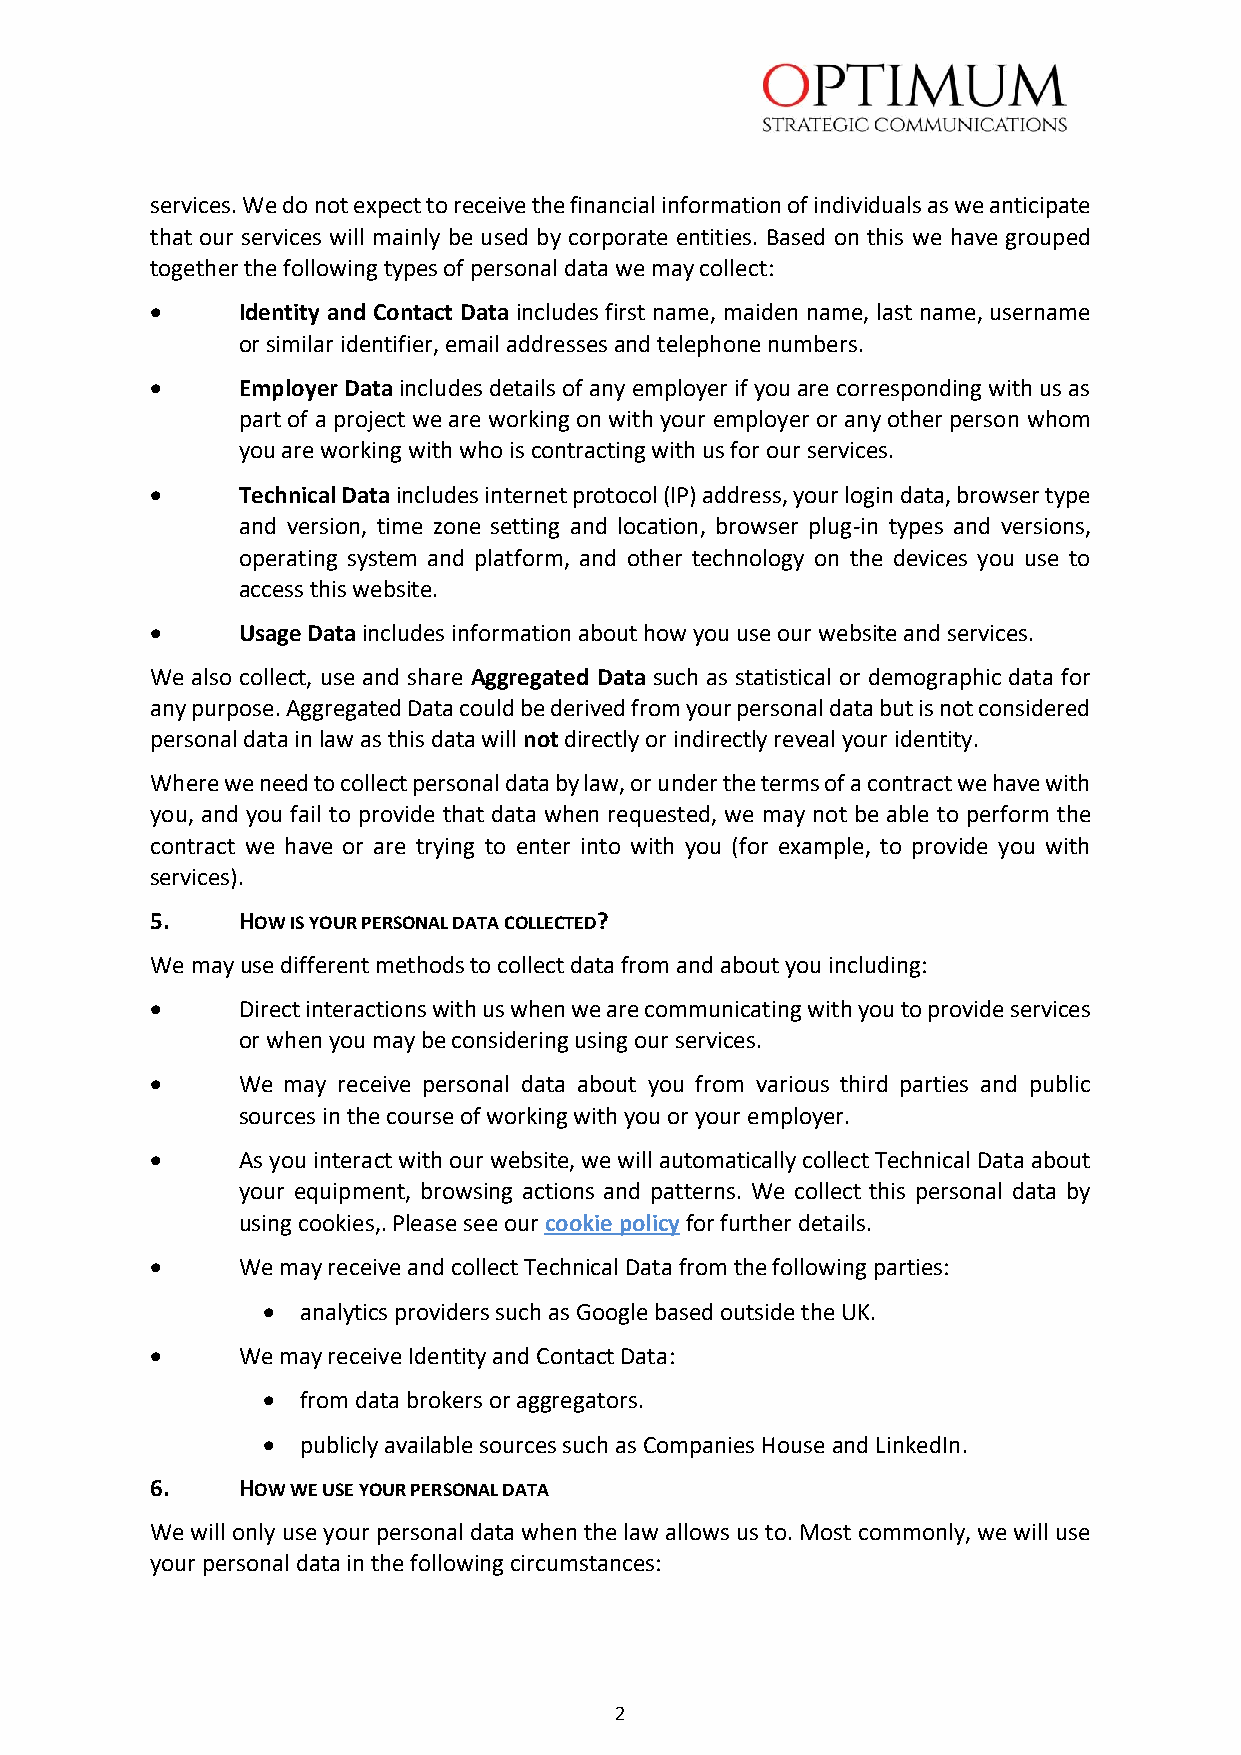
services. We do not expect to receive the financial information of individuals as we anticipate
 that our services will mainly be used by corporate entities. Based on this we have grouped
 together the following types of personal data we may collect:
 •     Identity and Contact Data includes first name, maiden name, last name, username
 or similar identifier, email addresses and telephone numbers.
 •     Employer Data includes details of any employer if you are corresponding with us as
 part of a project we are working on with your employer or any other person whom
 you are working with who is contracting with us for our services.
 •     Technical Data includes internet protocol (IP) address, your login data, browser type
 and version, time zone setting and location, browser plug-in types and versions,
 operating system and platform, and other technology on the devices you use to
 access this website.
 •     Usage Data includes information about how you use our website and services.
 We also collect, use and share Aggregated Data such as statistical or demographic data for
 any purpose. Aggregated Data could be derived from your personal data but is not considered
 personal data in law as this data will not directly or indirectly reveal your identity.
 Where we need to collect personal data by law, or under the terms of a contract we have with
 you, and you fail to provide that data when requested, we may not be able to perform the
 contract we have or are trying to enter into with you (for example, to provide you with
 services).
 5.    HOW IS YOUR PERSONAL DATA COLLECTED?
 We may use different methods to collect data from and about you including:
 •     Direct interactions with us when we are communicating with you to provide services
 or when you may be considering using our services.
 •     We may receive personal data about you from various third parties and public
 sources in the course of working with you or your employer.
 •     As you interact with our website, we will automatically collect Technical Data about
 your equipment, browsing actions and patterns. We collect this personal data by
 using cookies,. Please see our cookie policy for further details.
 •     We may receive and collect Technical Data from the following parties:
 •  analytics providers such as Google based outside the UK.
 •     We may receive Identity and Contact Data:
 •  from data brokers or aggregators.
 •  publicly available sources such as Companies House and LinkedIn.
 6.    HOW WE USE YOUR PERSONAL DATA
 We will only use your personal data when the law allows us to. Most commonly, we will use
 your personal data in the following circumstances:
 2